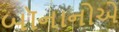
બૉનાનોએ